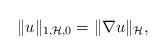
LaTeX: \begin{align*} \|u\|_{1,\mathcal{H},0}=\|\nabla u\|_{\mathcal{H}},\end{align*}